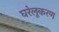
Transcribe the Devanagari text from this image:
घरेलूकरण